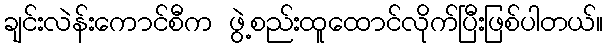
ချင်းလဲန်းကောင်စီက ဖွဲ့စည်းထူထောင်လိုက်ပြီးဖြစ်ပါတယ်။